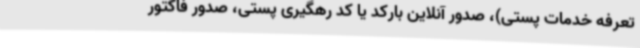
تعرفه خدمات پستی)، صدور آنلاین بارکد یا کد رهگیری پستی، صدور فاکتور